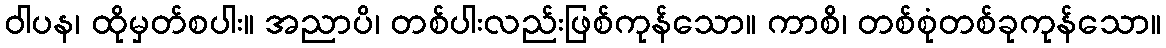
ဝါပန၊ ထိုမှတ်စပါး။ အညာပိ၊ တစ်ပါးလည်းဖြစ်ကုန်သော။ ကာစိ၊ တစ်စုံတစ်ခုကုန်သော။